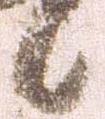
候